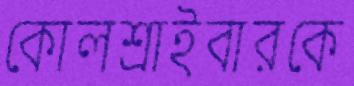
কোলশ্রাইবারকে